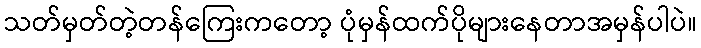
သတ်မှတ်တဲ့တန်ကြေးကတော့ ပုံမှန်ထက်ပိုများနေတာအမှန်ပါပဲ။